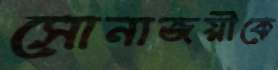
সোনাজয়ীকে